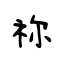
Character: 祢